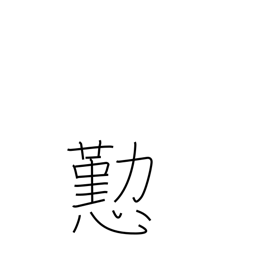
Meaning: courtesy